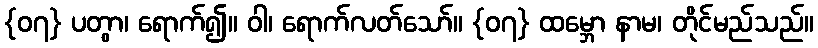
{၀၇} ပတွာ၊ ရောက်၍။ ဝါ၊ ရောက်လတ်သော်။ {၀၇} ထမ္ဘော နာမ၊ တိုင်မည်သည်။